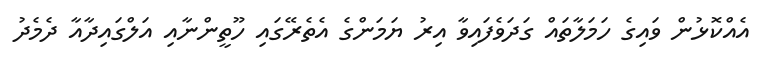
އެއްކޮޅުން ވައިގެ ހަމަލާތައް ގަދަވެފައިވާ އިރު ޔަމަންގެ އެތެރޭގައި ހޫތީންނާއި އަލްގައިދާއާ ދެމެދު